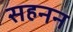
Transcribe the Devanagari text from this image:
सहनन